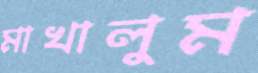
মাখালুম